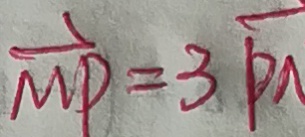
\overrightarrow { M P } = 3 \overline { p n }